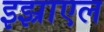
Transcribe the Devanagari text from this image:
इझ्राएल